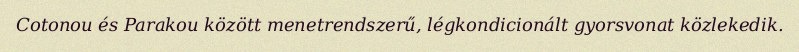
Cotonou és Parakou között menetrendszerű, légkondicionált gyorsvonat közlekedik.